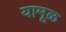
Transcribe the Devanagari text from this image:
यामूळ